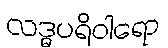
လဒ္ဓပရိဝါရော